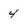
Character: 4